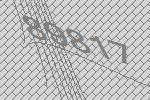
89817